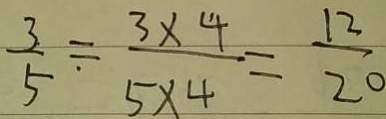
\frac { 3 } { 5 } = \frac { 3 \times 4 } { 5 \times 4 } = \frac { 1 2 } { 2 0 }